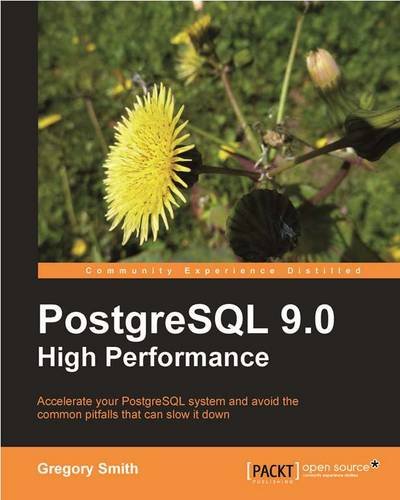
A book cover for PostgreSQL 9.0 High Performance; Gregory Smith; Computers & Technology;